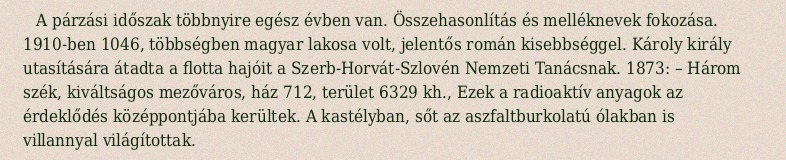
A párzási időszak többnyire egész évben van. Összehasonlítás és melléknevek fokozása. 1910-ben 1046, többségben magyar lakosa volt, jelentős román kisebbséggel. Károly király utasítására átadta a flotta hajóit a Szerb-Horvát-Szlovén Nemzeti Tanácsnak. 1873: – Három szék, kiváltságos mezőváros, ház 712, terület 6329 kh., Ezek a radioaktív anyagok az érdeklődés középpontjába kerültek. A kastélyban, sőt az aszfaltburkolatú ólakban is villannyal világítottak.